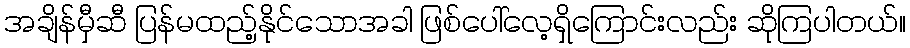
အချိန်မှီဆီ ပြန်မထည့်နိုင်သောအခါ ဖြစ်ပေါ်လေ့ရှိကြောင်းလည်း ဆိုကြပါတယ်။